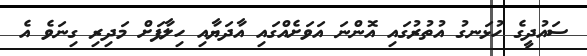
ސައުދީގެ ހުޅަނގު އުތުރުގައި އޮންނަ އަވަށެއްގައި އާދަޔާއި ހިލާފަށް މަދިރި ގިނަވެ އެ